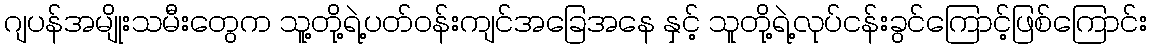
ဂျပန်အမျိုးသမီးတွေက သူ့တို့ရဲ့ပတ်ဝန်းကျင်အခြေအနေ နှင့် သူတို့ရဲ့လုပ်ငန်းခွင်ကြောင့်ဖြစ်ကြောင်း